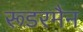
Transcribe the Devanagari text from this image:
रूडरमैन